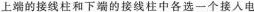
上端的接线柱和下端的接线柱中各选一个接人电